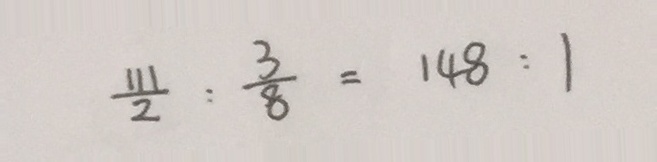
\frac { 1 1 1 } { 2 } : \frac { 3 } { 8 } = 1 4 8 : 1